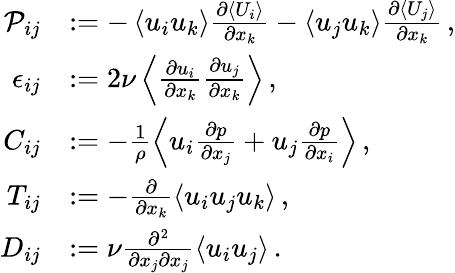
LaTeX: \begin{array}{rl}{\mathcal{P}_{ij}}&{:=-\left<u_{i}u_{k}\right>\frac{\partial\left<U_{i}\right>}{\partial x_{k}}-\left<u_{j}u_{k}\right>\frac{\partial\left<U_{j}\right>}{\partial x_{k}}\, ,}\\ {\epsilon_{ij}}&{:=2\nu\left<\frac{\partial u_{i}}{\partial x_{k}}\frac{\partial u_{j}}{\partial x_{k}}\right>\, ,}\\ {C_{ij}}&{:=-\frac{1}{\rho}\left<u_{i}\frac{\partial p}{\partial x_{j}}+u_{j}\frac{\partial p}{\partial x_{i}}\right>\, ,}\\ {T_{ij}}&{:=-\frac{\partial}{\partial x_{k}}\left<u_{i}u_{j}u_{k}\right>\, ,}\\ {D_{ij}}&{:=\nu\frac{\partial^{2}}{\partial x_{j}\partial x_{j}}\left<u_{i}u_{j}\right>\, .}\end{array}